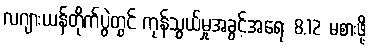
လဂျားယန်တိုက်ပွဲတွင် ကုန်သွယ်မှုအခွင့်အရေး 8,12 မစားဖို့